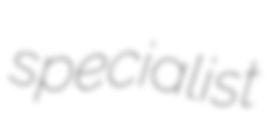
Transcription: specialist